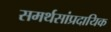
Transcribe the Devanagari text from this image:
समर्थसांप्रदायिक